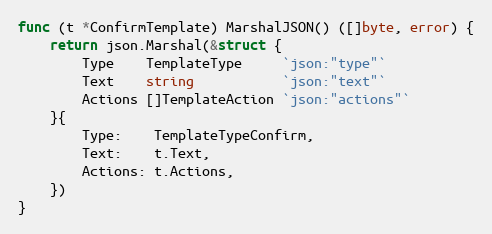
Language: Go
func (t *ConfirmTemplate) MarshalJSON() ([]byte, error) {
	return json.Marshal(&struct {
		Type    TemplateType     `json:"type"`
		Text    string           `json:"text"`
		Actions []TemplateAction `json:"actions"`
	}{
		Type:    TemplateTypeConfirm,
		Text:    t.Text,
		Actions: t.Actions,
	})
}